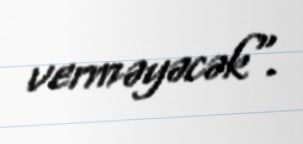
verməyəcək".